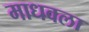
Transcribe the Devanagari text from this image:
माधवला